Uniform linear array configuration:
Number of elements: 4
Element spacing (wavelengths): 1
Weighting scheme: hann
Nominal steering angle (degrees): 45
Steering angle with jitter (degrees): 44.186
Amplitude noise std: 0.05
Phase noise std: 0.05

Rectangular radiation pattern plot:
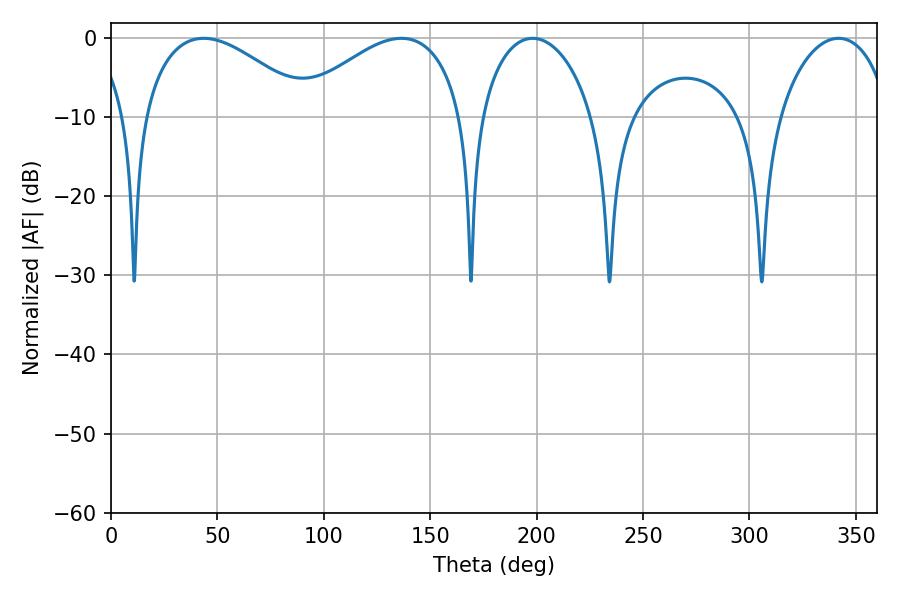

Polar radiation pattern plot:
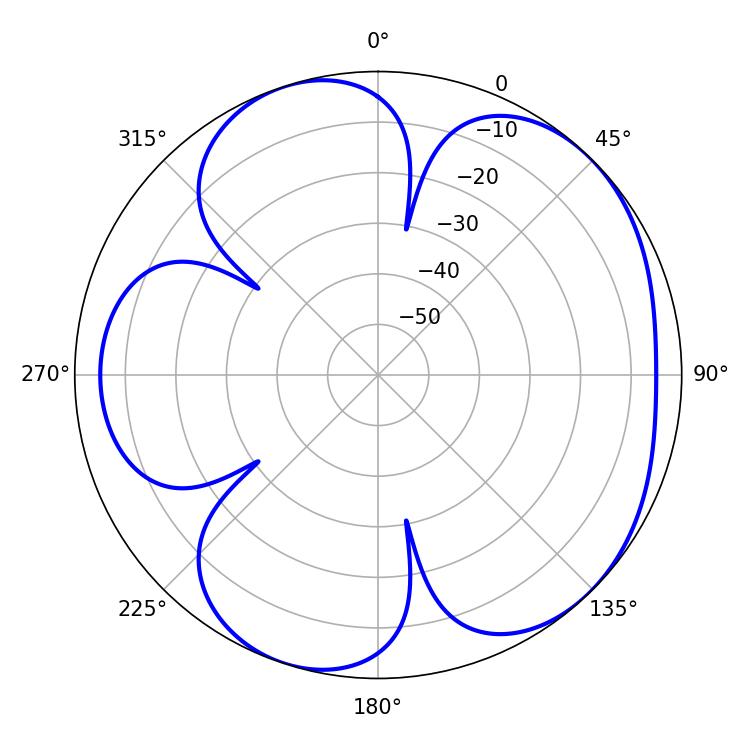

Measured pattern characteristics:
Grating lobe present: TRUE
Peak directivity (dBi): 5.1
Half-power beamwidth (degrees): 43.74
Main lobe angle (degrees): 43.56